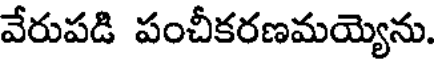
వేరుపడి పంచీకరణమయ్యెను.